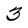
Character: 3